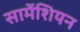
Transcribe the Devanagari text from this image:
सार्मेशियन